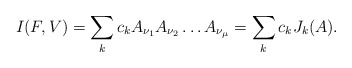
\begin{align*}I(F,V)=\sum_k c_k A_{\nu_1}A_{\nu_2}\ldots A_{\nu_{\mu}}= \sum_k c_kJ_k(A).\end{align*}